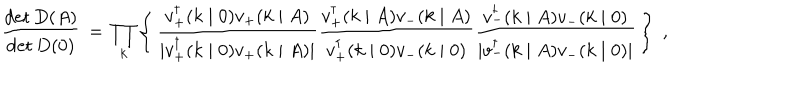
\frac { \det D ( A ) } { \det D ( 0 ) } \, = \, \prod _ { k } \left\{ \, \frac { v _ { + } ^ { \dagger } ( k \mid 0 ) v _ { + } ( k \mid A ) } { \mid v _ { + } ^ { \dagger } ( k \mid 0 ) v _ { + } ( k \mid A ) \mid } \frac { v _ { + } ^ { \dagger } ( k \mid A ) v _ { - } ( k \mid A ) } { v _ { + } ^ { \dagger } ( k \mid 0 ) v _ { - } ( k \mid 0 ) } \frac { v _ { - } ^ { \dagger } ( k \mid A ) v _ { - } ( k \mid 0 ) } { \mid v _ { - } ^ { \dagger } ( k \mid A ) v _ { - } ( k \mid 0 ) \mid } \, \right\} \; ,